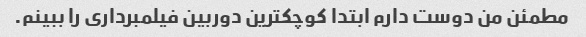
مطمئن من دوست دارم ابتدا کوچکترین دوربین فیلمبرداری را ببینم.